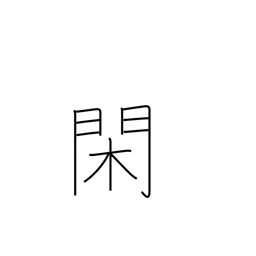
Meaning: leisure